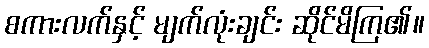
စကားလက်နှင့် မျက်လုံးချင်း ဆိုင်မိကြ၏။